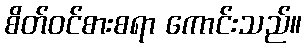
စိတ်ဝင်စားစရာ ကောင်းသည်။